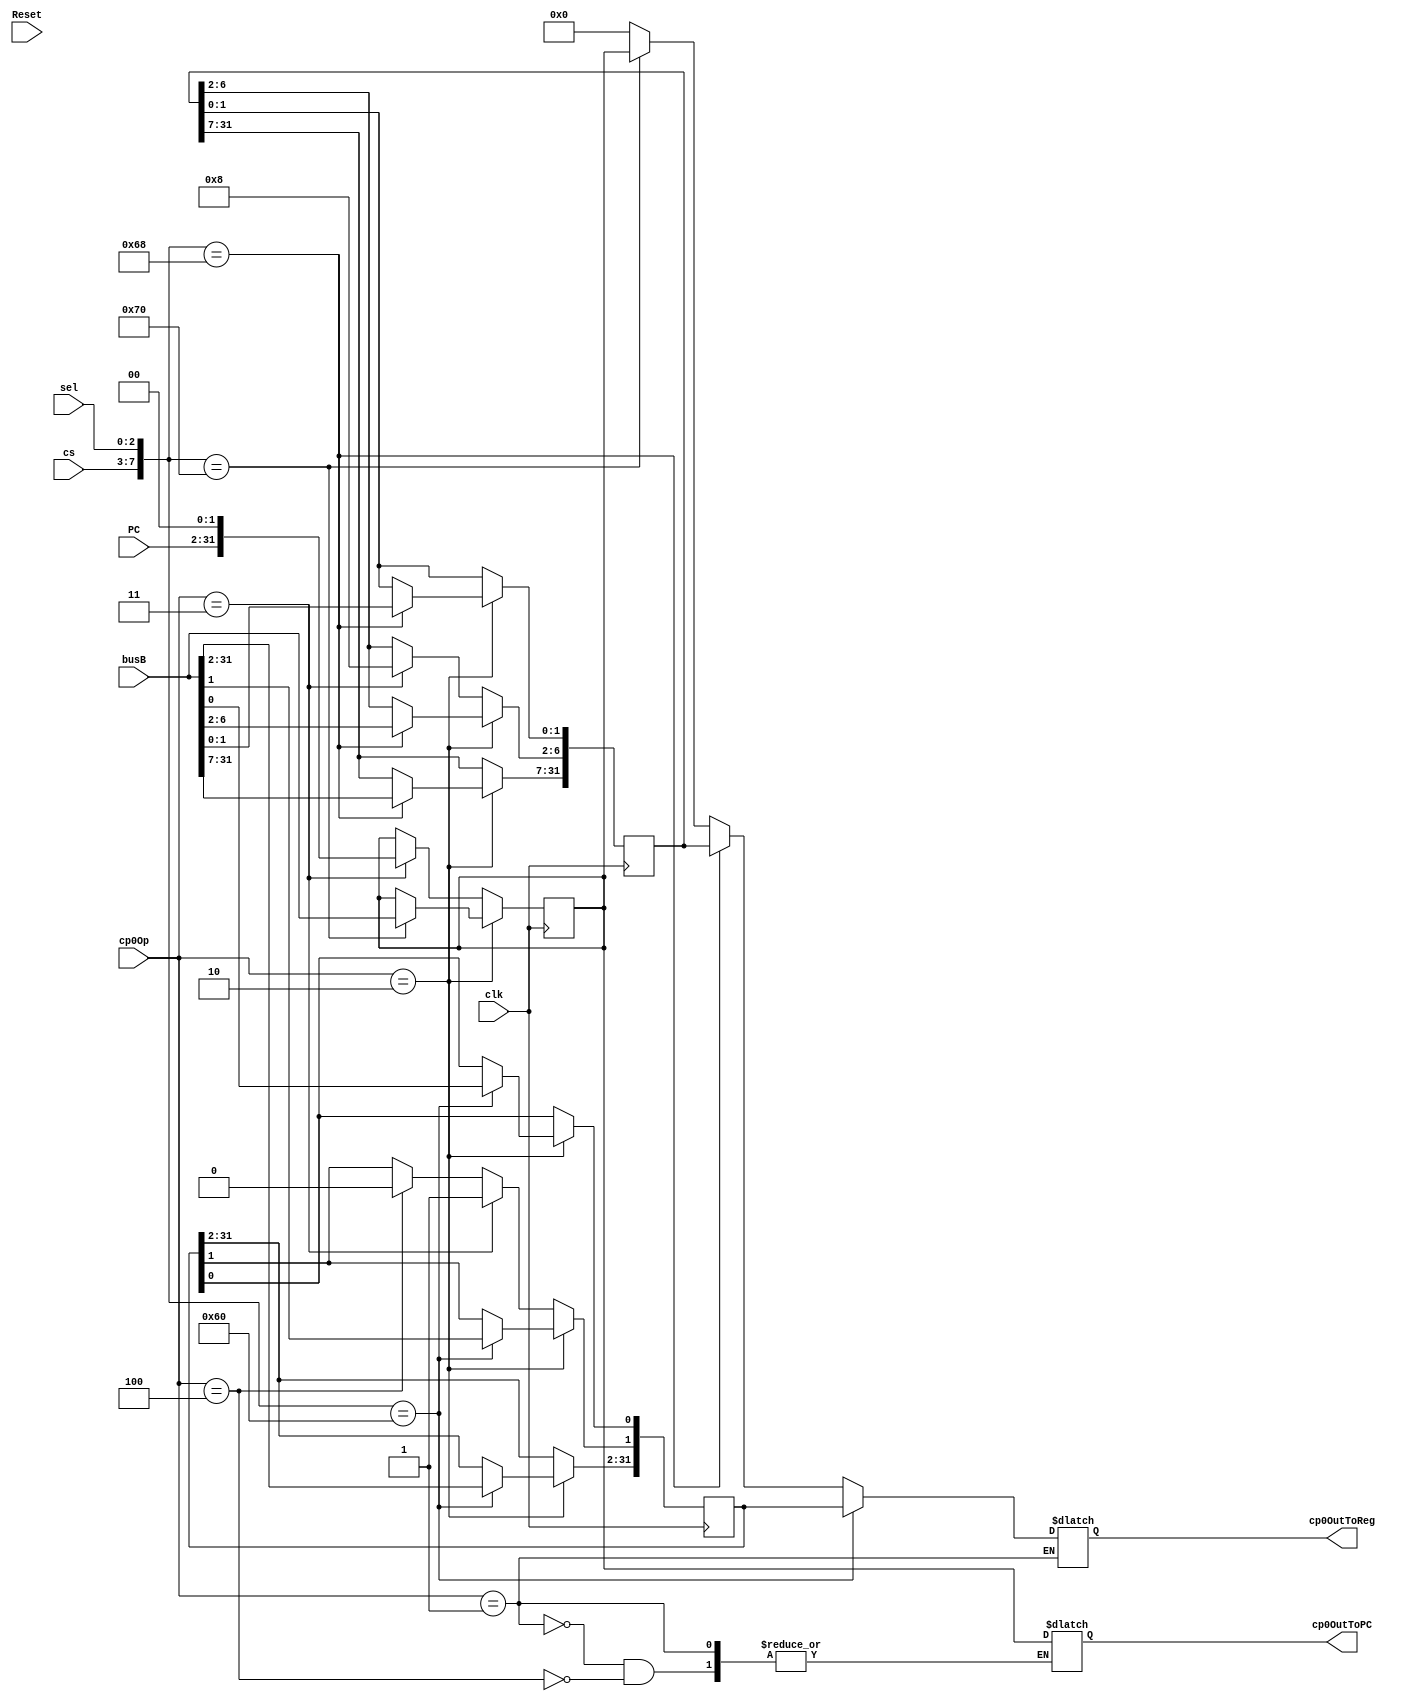
`timescale 1ns / 1ps
module CP0( clk, cs, sel, busB, cp0Op, cp0OutToReg, cp0OutToPC, PC,Reset);
	input             Reset;
	input             clk;
	input      [ 4:0] cs;
	input      [ 2:0] sel;
	input      [31:0] busB;
	input      [ 2:0] cp0Op;
	input      [31:2] PC;

	output reg [31:0] cp0OutToReg;
	output reg [31:0] cp0OutToPC;

	//reg [31:0] C[0:255]; // only use {12,3'b0} = 96;
						 //          {13,3'b0} = 104;
						 //          {14,3'b0} = 112;
	reg [31:0] C96;
	reg [31:0] C104;
	reg [31:0] C112;

	//integer i;
	initial begin
		//for (i=0;i<256;i=i+1) C[i] = 32'b0;
		C96         = 32'b0;
		C104		= 32'b0;
		C112        = 32'b0;
		cp0OutToPC  = 32'b0;
		cp0OutToReg = 32'b0;
	end

	wire [ 7:0] addr = { cs, sel };
	
	/*always @(posedge clk) begin 
		if (Reset)begin 
			C96         <= 32'b0;
			C104		<= 32'b0;
			C112        <= 32'b0;
			cp0OutToPC  <= 32'b0;
			cp0OutToReg <= 32'b0;				
		end
	end*/
	

	wire [31:0] C_mid;
	wire [31:0] C112_mid;
	assign C_mid    = (( addr == 8'd96  ) ? C96  :
				      (( addr == 8'd104 ) ? C104 :
				      (( addr == 8'd112 ) ? C112 : 32'd0)));
	assign C112_mid = C112;

	//-----{cp0}begin
	always @(*) begin 
		//******MFCO********//
		if (cp0Op == 3'b001)  begin
			cp0OutToReg <= C_mid;
			/*case (addr)
				8'd96 : cp0OutToReg <= C96;
				8'd104: cp0OutToReg <= C104;
				8'd112: cp0OutToReg <= C112;
			endcase // addr*/
		end
		//*****ERET*********//
		else if (cp0Op == 3'b100)  begin
			cp0OutToPC  <= C112_mid;// {14,3'b0} = 112
		end 
    end
    //-----{cp0}end

    //-----{cp0}begin
    always @(posedge clk) begin
    	//******MTCO********//
		if (cp0Op == 3'b010)  begin
			//C[addr] <= busB;
			case (addr)
				8'd96 : C96  <= busB;
				8'd104: C104 <= busB;
				8'd112: C112 <= busB;
			endcase // addr
		end
		//******SYSCALL*****//
		else if (cp0Op == 3'b011)  begin
			C112      <= { PC, 2'b0 };
			C104[6:2] <= 5'b01000;
			C96 [1]   <= 1'b1;
		end
		//*****ERET*********//
		else if (cp0Op == 3'b100)  begin
			C96[1]      <= 0;
		end 
    end
    //-----{cp0}end
	
endmodule